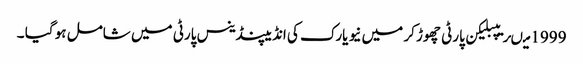
1999 میںریپبلیکن پارٹی چھوڑ کر میں نیو یارک کی انڈیپنڈینس پارٹی میں شامل ہو گیا ۔